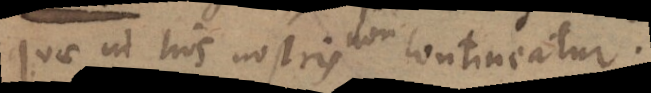
quae in his nostris contineatur.